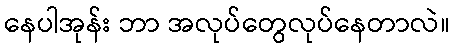
နေပါအုန်း ဘာ အလုပ်တွေလုပ်နေတာလဲ။